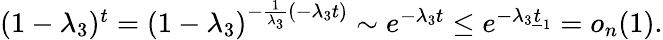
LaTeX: \begin{array}{r}{(1-\lambda_{3})^{t}=(1-\lambda_{3})^{-\frac{1}{\lambda_{3}}(-\lambda_{3}t)}\sim e^{-\lambda_{3}t}\le e^{-\lambda_{3}\underline{{t}}_{1}}=o_{n}(1).}\end{array}